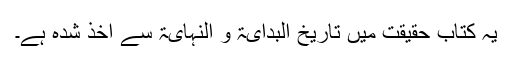
یہ کتاب حقیقت میں تاریخ البدایۃ و النہایۃ سے اخذ شدہ ہے۔